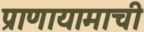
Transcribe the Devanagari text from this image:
प्राणायामाची